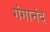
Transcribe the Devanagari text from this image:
गंगानंद